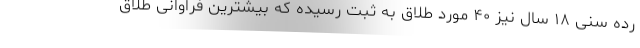
رده سنی ۱۸ سال نیز ۴۰ مورد طلاق به ثبت رسیده که بیشترین فراوانی طلاق